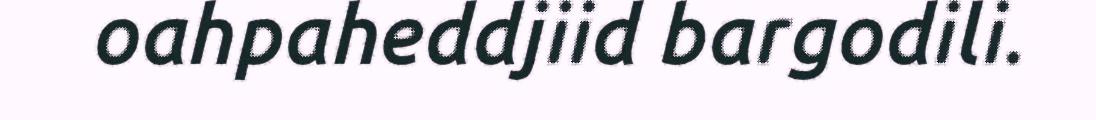
oahpaheddjiid bargodili.